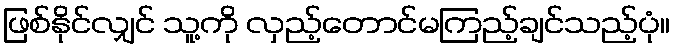
ဖြစ်နိုင်လျှင် သူ့ကို လှည့်တောင်မကြည့်ချင်သည့်ပုံ။